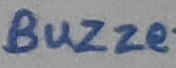
Text: BUZZER